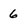
Character: 6